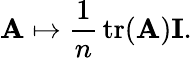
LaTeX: \mathbf{A}\mapsto{\frac{1}{n}}\operatorname{tr}(\mathbf{A})\mathbf{I}.